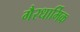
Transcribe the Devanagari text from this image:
गैरधार्मिक